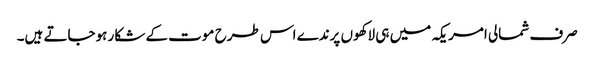
صرف شمالی امریکہ میں ہی لاکھوں پرندے اس طرح موت کے شکار ہوجاتے ہیں۔